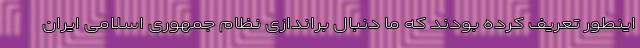
اینطور تعریف کرده بودند که ما دنبال براندازی نظام جمهوری اسلامی ایران